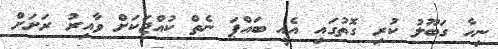
ނިހާ ގަބޫލު ކުރި ގޮތުގައި އެއީ ބައްޕަ ނެތް ކުއްޖަކަށް ވާއިރު ރަށަށް